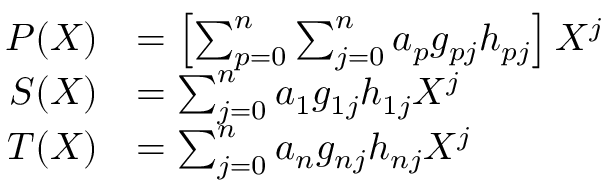
\begin{array} { r l } { P ( X ) } & { = \left[ \sum _ { p = 0 } ^ { n } \sum _ { j = 0 } ^ { n } a _ { p } g _ { p j } h _ { p j } \right] X ^ { j } } \\ { S ( X ) } & { = \sum _ { j = 0 } ^ { n } a _ { 1 } g _ { 1 j } h _ { 1 j } X ^ { j } } \\ { T ( X ) } & { = \sum _ { j = 0 } ^ { n } a _ { n } g _ { n j } h _ { n j } X ^ { j } } \end{array}